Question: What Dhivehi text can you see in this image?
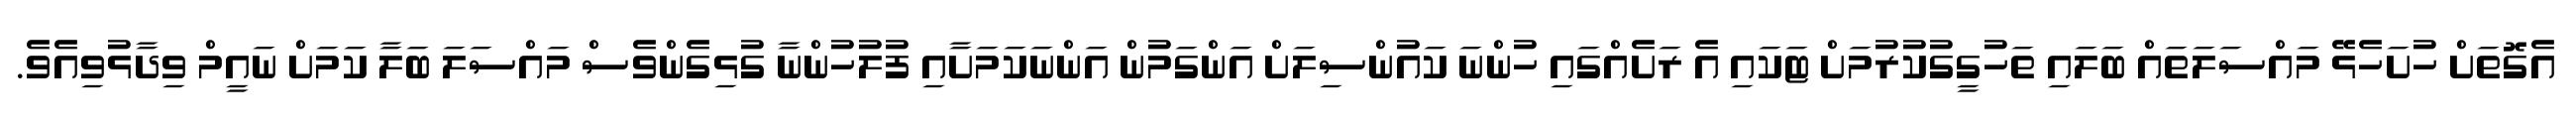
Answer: އެގޮތަށް ހުށަހެޅޭ މައްސަލަތައް ބަލައި ތަހުގީގުކުރުމަށް ޓަކައި އެ ރަށެއްގައި ހުންނަ ކައުންސިލަށް އަންގަމުން އަންނަކަމަށާއި ފުލުހުންނާ ގުޅިގެންވެސް މައްސަލަ ބަލާ ކަމަށް ނައީމް ވިދާޅުވިއެވެ.